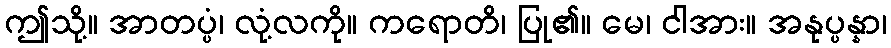
ဤသို့။ အာတပ္ပံ၊ လုံ့လကို။ ကရောတိ၊ ပြု၏။ မေ၊ ငါအား။ အနုပ္ပန္နာ၊